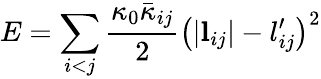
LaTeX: E=\sum_{i<j}\frac{\kappa_{0}\bar{\kappa}_{ij}}{2}\left(|\mathbf{l}_{ij}|-l_{ij}^{\prime}\right)^{2}